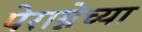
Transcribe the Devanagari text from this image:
पेराग्नेच्या